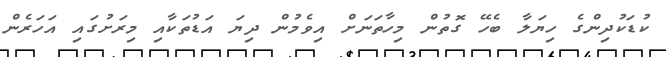
ކުޑަކުދިންގެ ހިޔަލާ ބެހޭ ގޮތުން މިހާތަނަށް އިވެމުން ދިޔަ އަޑުތަކާއި މިރަށުގައި އަހަރެން